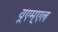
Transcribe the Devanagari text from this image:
यूएम्एल